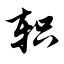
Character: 轵